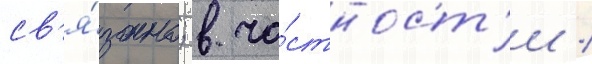
св'я́зано; в ча́стност'и /